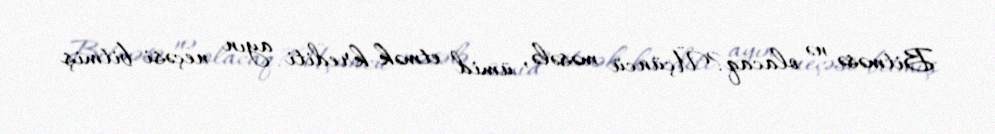
Bitməsə nə olacaq?Üçüncü məsələ, ümid etmək krediti ayın neçəsi bitmiş